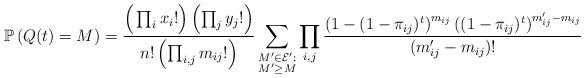
LaTeX: \begin{align*}\mathbb{P}\left(Q(t) = M\right) = \frac{\Big(\prod_{i} x_i!\Big)\left(\prod_{j} y_j!\right)}{n!\left(\prod_{i,j}m_{ij}!\right)}\sum_{\substack{M'\in\mathcal{E}':\\M'\ge M}}\prod_{i,j}\frac{\left(1 - (1 - \pi_{ij})^t\right)^{m_{ij}}\left((1 - \pi_{ij})^t\right)^{m'_{ij}-m_{ij}}}{(m'_{ij} - m_{ij})!}\end{align*}